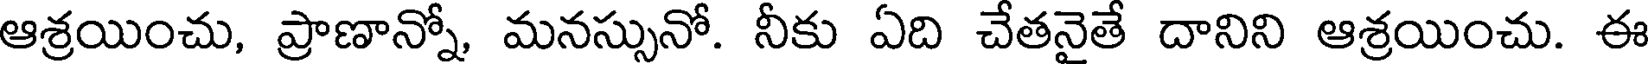
ఆశ్రయించు, ప్రాణాన్నో, మనస్సునో. నీకు ఏది చేతనైతే దానిని ఆశ్రయించు. ఈ